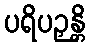
ပရိပဉှန္တိ